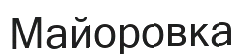
Майоровка